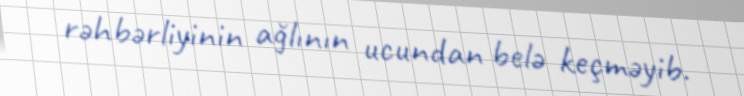
rəhbərliyinin ağlının ucundan belə keçməyib.